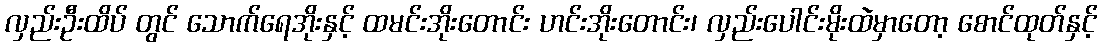
လှည်းဦးထိပ် တွင် သောက်ရေအိုးနှင့် ထမင်းအိုးတောင်း ဟင်းအိုးတောင်း၊ လှည်းပေါင်းမိုးထဲမှာတော့ စောင်ထုတ်နှင့်